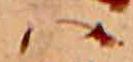
ハ